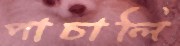
পাচালি